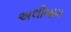
અલીબાગ